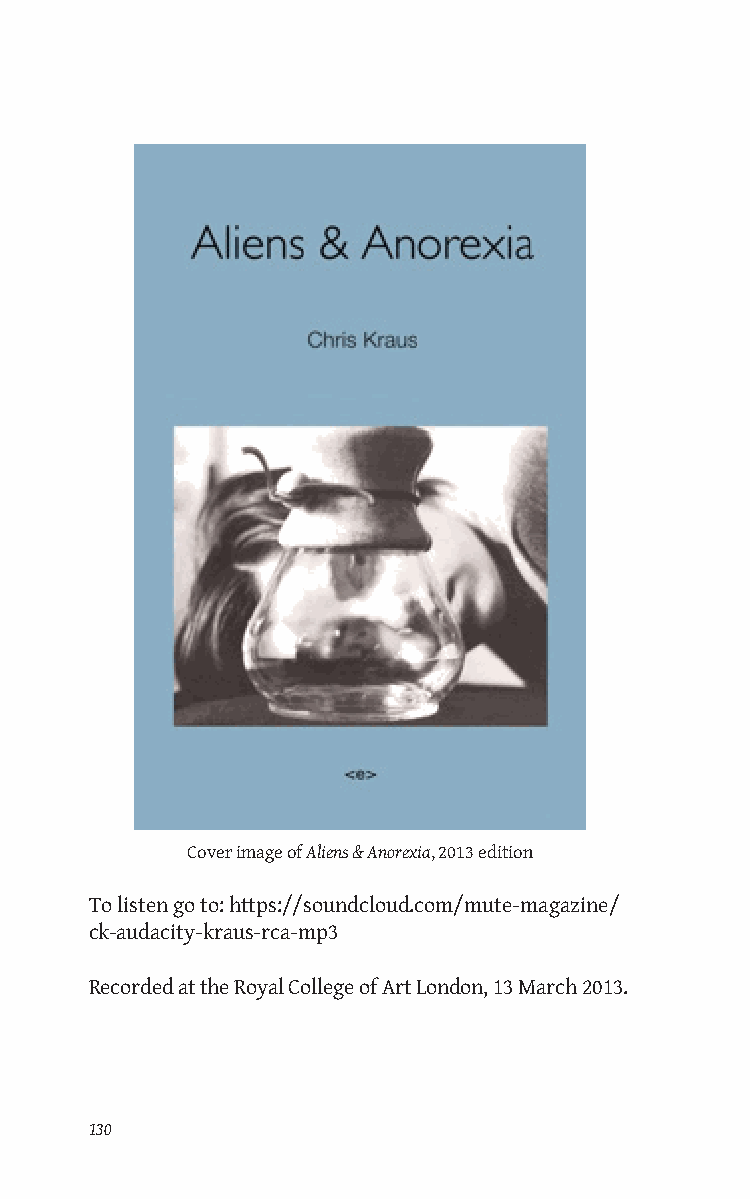
Cover image of Aliens & Anorexia, 2013 edition
 To listen go to: https://soundcloud.com/mute-magazine/
 ck-audacity-kraus-rca-mp3
 Recorded at the Royal College of Art London, 13 March 2013.
 130